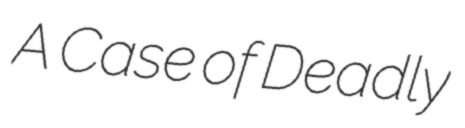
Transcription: A Case of Deadly